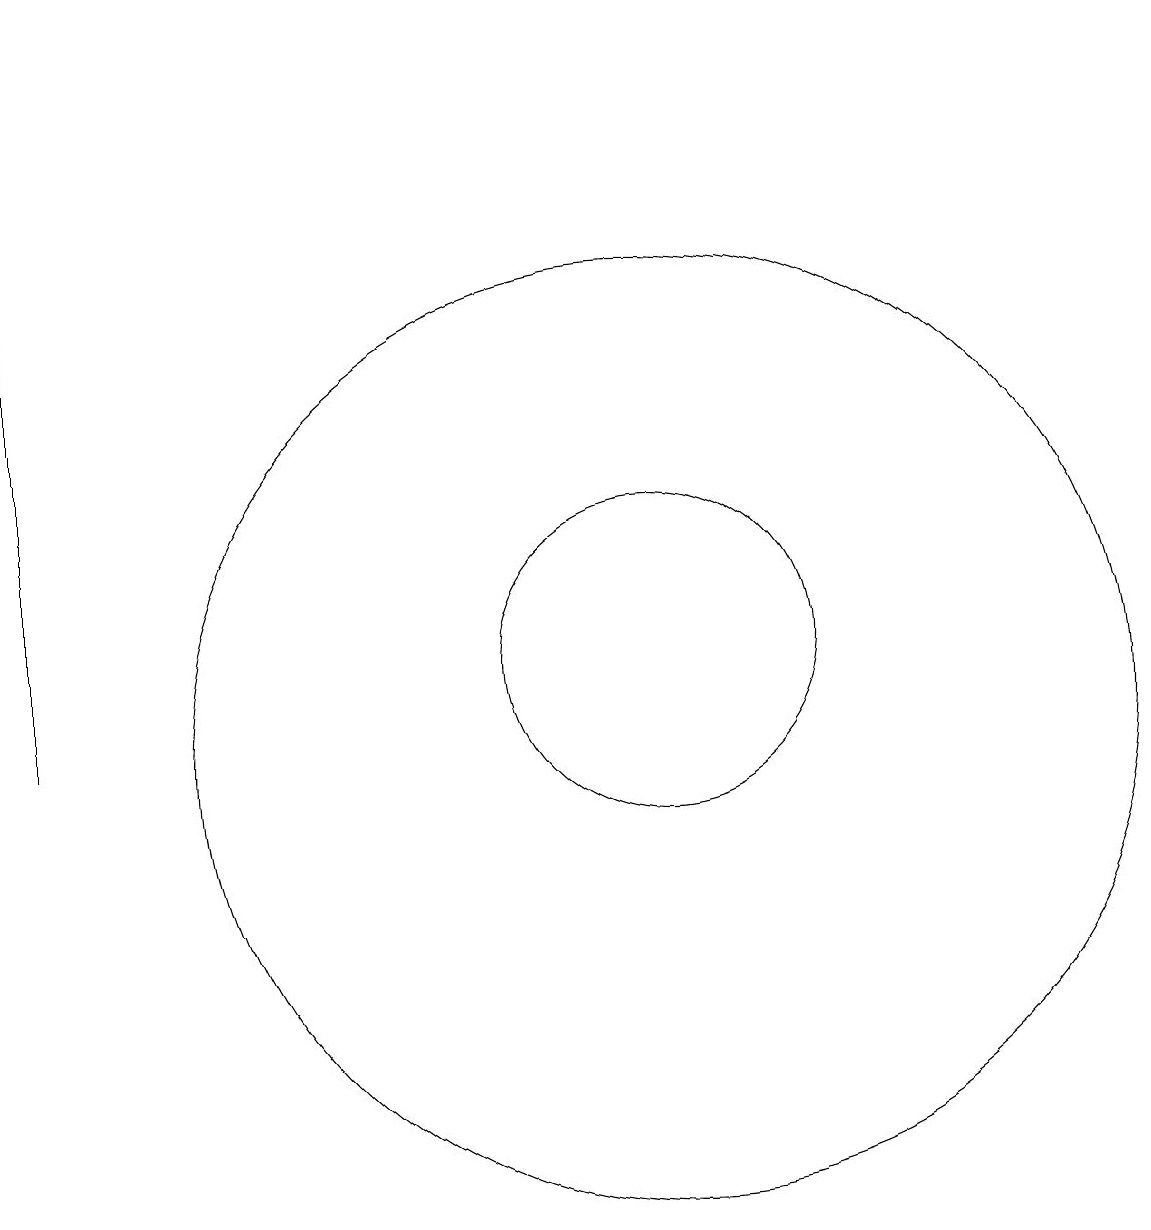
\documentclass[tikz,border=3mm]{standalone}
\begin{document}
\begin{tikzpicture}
\draw (11,10) circle (6);
\draw (11,11) circle (2);
\draw (12,11) circle (0);
\draw (3,19) rectangle (3,10);
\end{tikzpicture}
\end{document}